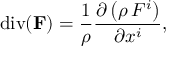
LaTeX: \operatorname { d i v } ( \mathbf { F } ) = { \frac { 1 } { \rho } } { \frac { \partial \left( \rho \, F ^ { i } \right) } { \partial x ^ { i } } } ,